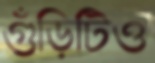
গুঁড়িটিও